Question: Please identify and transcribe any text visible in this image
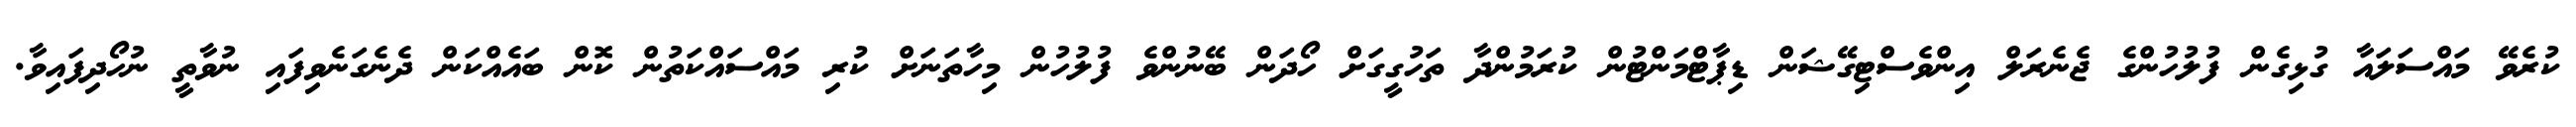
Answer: ކުރެވޭ މައްސަލައާ ގުޅިގެން ފުލުހުންގެ ޖެނެރަލް އިންވެސްޓިގޭޝަން ޑިޕާޓްމަންޓުން ކުރަމުންދާ ތަހުގީގަށް ހޯދަން ބޭނުންވެ ފުލުހުން މިހާތަނަށް ކުރި މައްސައްކަތުން ކޮން ބައެއްކަން ދެނެގަނެވިފައި ނުވާތީ ނުހޯދިފައިވާ.